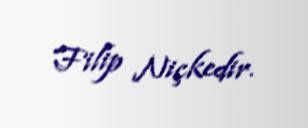
Filip Niçkedir.